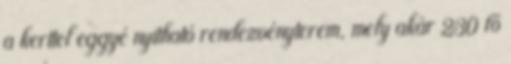
a kerttel eggyé nyitható rendezvényterem, mely akár 230 fő